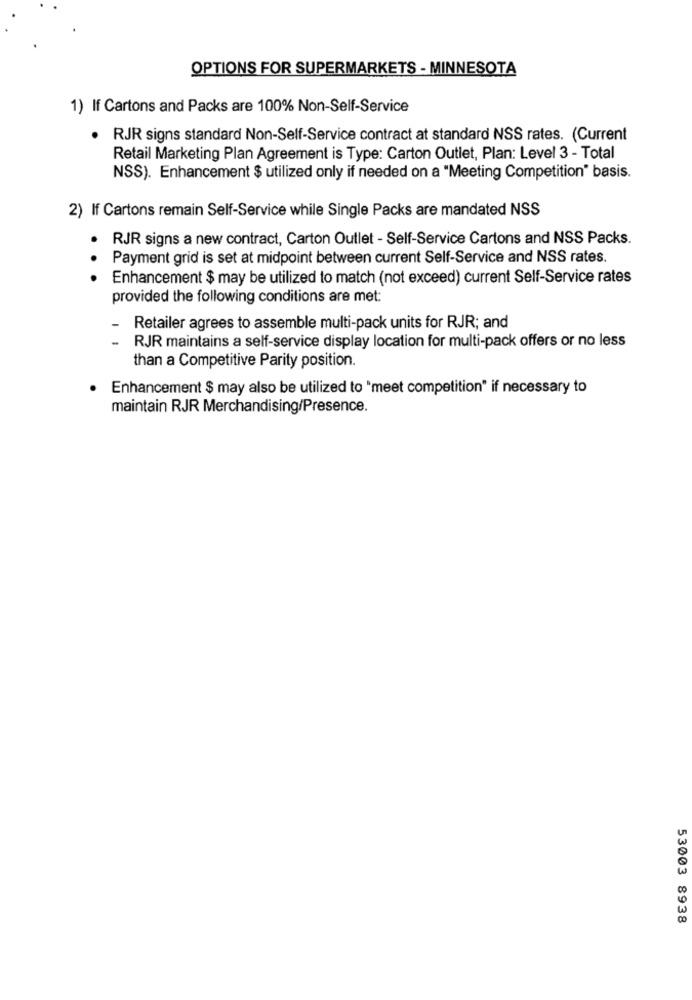
OPTIONS FOR SUPERMARKETS - MINNESOTA
1) If Cartons and Packs are 100% Non-Self-Service
· RJR signs standard Non-Self-Service contract at standard NSS rates. (Current
Retail Marketing Plan Agreement is Type: Carton Outlet, Plan: Level 3 - Total
NSS). Enhancement $ utilized only if needed on a "Meeting Competition" basis.
2) If Cartons remain Self-Service while Single Packs are mandated NSS
RJR signs a new contract, Carton Outlet - Self-Service Cartons and NSS Packs.
Payment grid is set at midpoint between current Self-Service and NSS rates.
..
Enhancement $ may be utilized to match (not exceed) current Self-Service rates
provided the following conditions are met:
Retailer agrees to assemble multi-pack units for RJR; and
RJR maintains a self-service display location for multi-pack offers or no less
than a Competitive Parity position.
.
Enhancement $ may also be utilized to "meet competition" if necessary to
maintain RJR Merchandising/Presence.
53003 8938